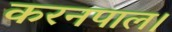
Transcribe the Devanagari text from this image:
करनपाल।